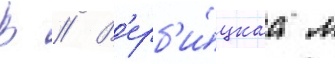
В // В'ерб'и́цкаа л